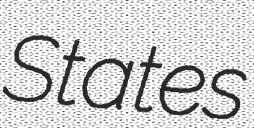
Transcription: States